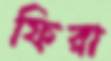
ফিরা